Indian journal of veterinary science and animal husbandry - Volumes 18-21, 1948-1951
Year: 1948
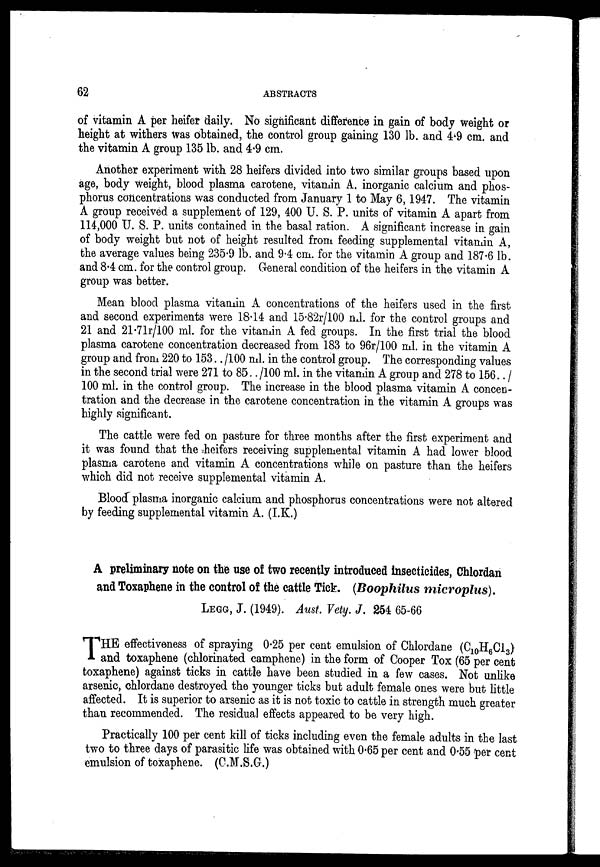
62
ABSTRACTS
of vitamin A per heifer daily. No significant difference in gain of body weight or
height at withers was obtained, the control group gaining 130 lb. and 4.9 cm. and
the vitamin A group 135 lb. and 4.9 cm.
Another experiment with 28 heifers divided into two similar groups based upon
age, body weight, blood plasma carotene, vitamin A, inorganic calcium and phos-
phorus concentrations was conducted from January 1 to May 6, 1947. The vitamin
A group received a supplement of 129, 400 U. S. P. units of vitamin A apart from
114,000 U. S. P. units contained in the basal ration. A significant increase in gain
of body weight but not of height resulted from feeding supplemental vitamin A,
the average values being 235.9 lb. and 9.4 cm. for the vitamin A group and 187.6 lb.
and 8.4 cm. for the control group. General condition of the heifers in the vitamin A
group was better.
Mean blood plasma vitamin A concentrations of the heifers used in the first
and second experiments were 18.14 and 15.82r/100 ml. for the control groups and
21 and 21.71r/100 ml. for the vitamin A fed groups. In the first trial the blood
plasma carotene concentration decreased from 183 to 96r/100 ml. in the vitamin A
group and from 220 to 153.. /100 ml. in the control group. The corresponding values
in the second trial were 271 to 85.. /100 ml. in the vitamin A group and 278 to 156.. /
100 ml. in the control group. The increase in the blood plasma vitamin A concen-
tration and the decrease in the carotene concentration in the vitamin A groups was
highly significant.
The cattle were fed on pasture for three months after the first experiment and
it was found that the heifers receiving supplemental vitamin A had lower blood
plasma carotene and vitamin A concentrations while on pasture than the heifers
which did not receive supplemental vitamin A.
Blood plasma inorganic calcium and phosphorus concentrations were not altered
by feeding supplemental vitamin A. (I.K.)
A preliminary note on the use of two recently introduced insecticides, Chlordan
and Toxaphene in the control of the cattle Tick. (Boophilus microplus).
LEGG, J. (1949). Aust. Vety. J. 254 65-66
T HE effectiveness of spraying 0.25 per cent emulsion of Chlordane (C 10 H 6 Cl 3 )
and toxaphene (chlorinated camphene) in the form of Cooper Tox (65 per cent
toxaphene) against ticks in cattle have been studied in a few cases. Not unlike
arsenic, chlordane destroyed the younger ticks but adult female ones were but little
affected. It is superior to arsenic as it is not toxic to cattle in strength much greater
than recommended. The residual effects appeared to be very high.
Practically 100 per cent kill of ticks including even the female adults in the last
two to three days of parasitic life was obtained with 0.65 per cent and 0.55 per cent
emulsion of toxaphene. (C.M.S.G.)